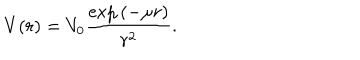
V ( r ) = V _ { 0 } \frac { \exp { ( - \mu r ) } } { r ^ { 2 } } .